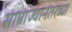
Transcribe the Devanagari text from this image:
साम्राज्यानंतरच्या